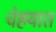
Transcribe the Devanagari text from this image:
चेहर्‍यात